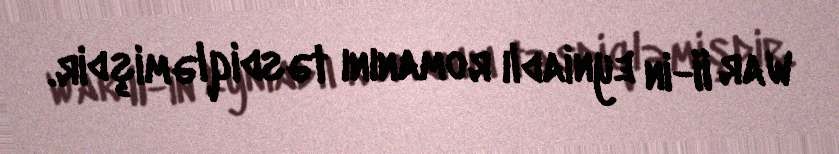
War II-in eyniadlı romanını təsdiqləmişdir.